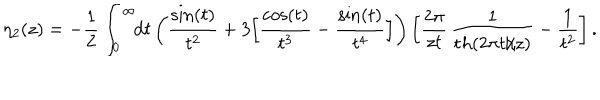
LaTeX: \eta _ { 2 } ( z ) = \mathrm { } - \frac 1 2 \int _ { 0 } ^ { \infty } \! \! { \mathrm { d } } t \left( \frac { \sin ( t ) } { t ^ { 2 } } + 3 \Big [ { \frac { \cos ( t ) } { t ^ { 3 } } } - { \frac { \sin ( t ) } { t ^ { 4 } } } \Big ] \right) \left[ \frac { 2 \pi } { z t } \, \frac { 1 } { { \mathrm t h } ( 2 \pi t / z ) } - \frac { 1 } { t ^ { 2 } } \right] .